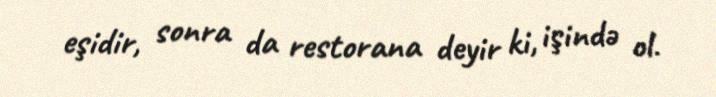
eşidir, sonra da restorana deyir ki, işində ol.